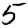
Digit: 5